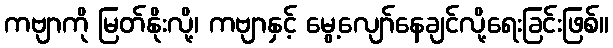
ကဗျာကို မြတ်နိုးလို့၊ ကဗျာနှင့် မွေ့လျော်နေချင်လို့ရေးခြင်းဖြစ်။